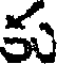
కు